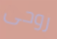
روحى